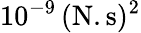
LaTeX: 10^{-9}\, (\textrm{N}.\textrm{s})^{2}